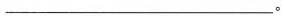
___。